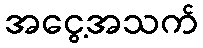
အငွေ့အသက်